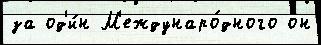
за од'и́н М'еждунаро́дного он